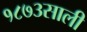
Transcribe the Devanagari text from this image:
१८७३साली